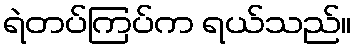
ရဲတပ်ကြပ်က ရယ်သည်။